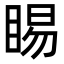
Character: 睗